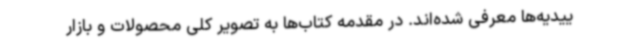
ییدیه‌ها معرفی شده‌اند. در مقدمه کتاب‌ها به تصویر کلی محصولات و بازار